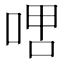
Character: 𫪞